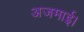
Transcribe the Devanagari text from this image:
अजमाई।